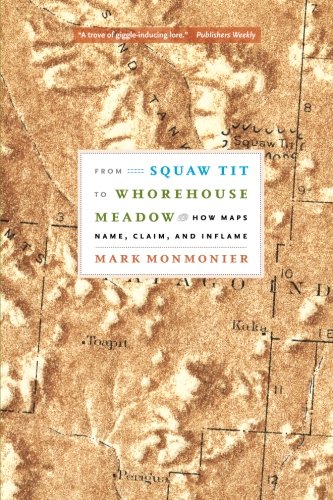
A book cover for From Squaw Tit to Whorehouse Meadow: How Maps Name, Claim, and Inflame; Mark Monmonier; Science & Math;